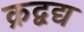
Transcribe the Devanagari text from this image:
क्रद्वद्य